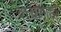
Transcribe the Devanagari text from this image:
बच्चागाड़ी